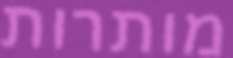
מותרות